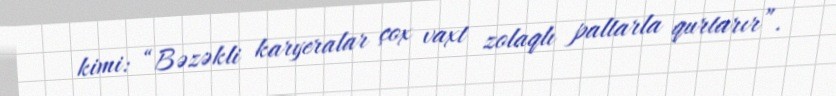
kimi: “Bəzəkli karyeralar çox vaxt zolaqlı paltarla qurtarır”.